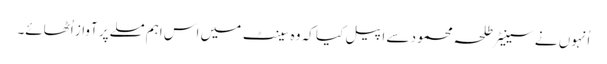
اُنہوں نے سینیٹر طلحہ محمود سے اپیل کیا کہ وہ سینٹ میں اس اہم مسلے پر آواز اُٹھائے۔